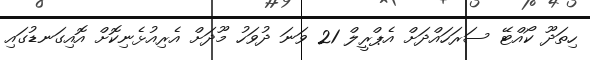
ހިތަދޫ ކޯއްޓޭ ސަރަހައްދަށް އެޕްރީލް 21 ވަނަ ދުވަހު މޫދަށް އެރިއުޅެނިކޮށް އޮއިގަނޑުގައި